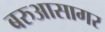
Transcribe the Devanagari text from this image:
बरुआसागर